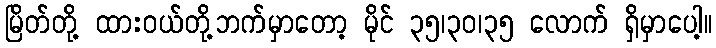
မြိတ်တို့ ထားဝယ်တို့ဘက်မှာတော့ မိုင် ၃၅၊၃၀၊၃၅ လောက် ရှိမှာပေါ့။